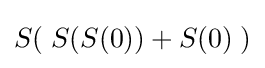
S(\;S(S(0))+S(0)\;)